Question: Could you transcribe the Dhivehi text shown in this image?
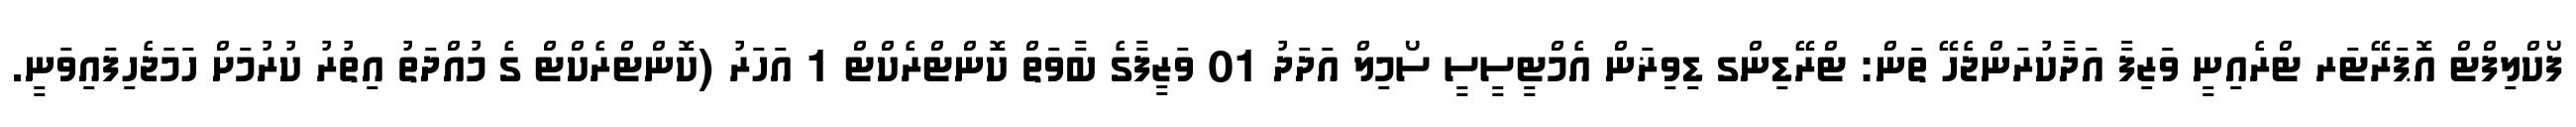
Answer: ފޯކްލިފްޓް އޮޕަރޭޓަރ ޓްރެއިނީ ވަޒިފާ އަދާކުރަންޖެހޭ ތަން: ޓްރޭޑިންގ ޑިވިޜަން އެމްޓީސީސީ ސޯމިލް އަދަދު 01 ވަޒީފާގެ ބާވަތް ކޮންޓްރެކްޓް 1 އަހަރު (ކޮންޓްރެކްޓް ގެ މުއްދަތު އިތުރު ކުރުމަށް ހަމަޖެހިފައިވަނީ.